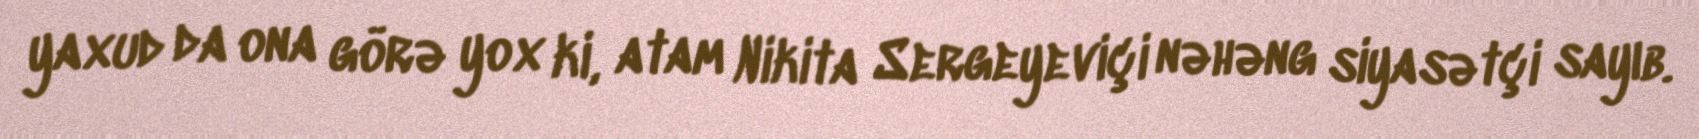
yaxud da ona görə yox ki, atam Nikita Sergeyeviçi nəhəng siyasətçi sayıb.